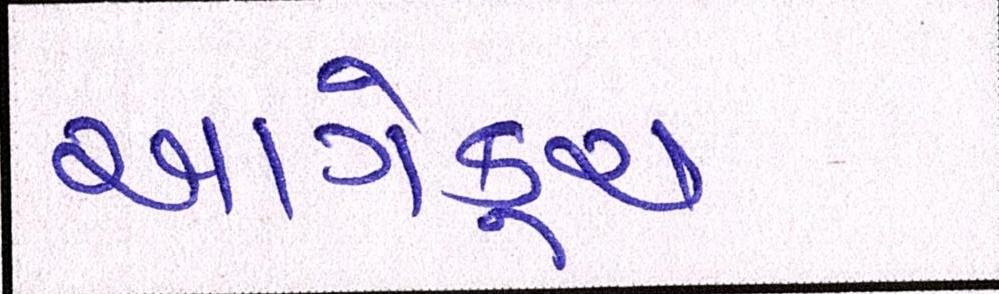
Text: આગેકૂચ